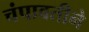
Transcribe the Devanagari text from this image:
चंपावतीने